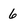
Character: 6